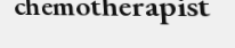
chemotherapist